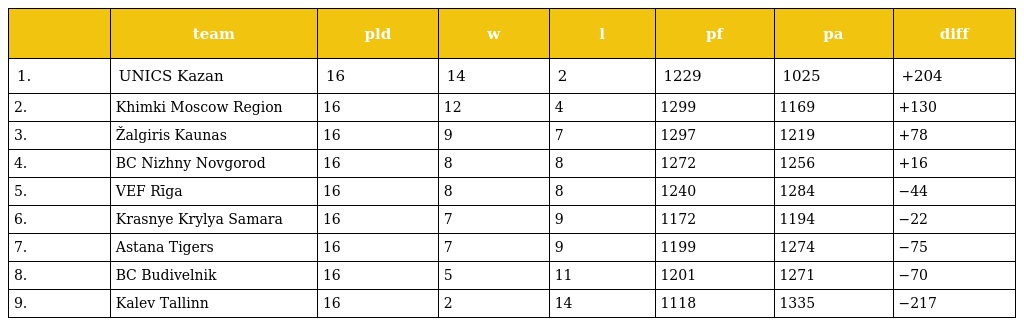
|  | team | pld | w | l | pf | pa | diff |
 | --- | --- | --- | --- | --- | --- | --- | --- |
 | 1. | UNICS Kazan | 16 | 14 | 2 | 1229 | 1025 | +204 |
 | 2. | Khimki Moscow Region | 16 | 12 | 4 | 1299 | 1169 | +130 |
 | 3. | Žalgiris Kaunas | 16 | 9 | 7 | 1297 | 1219 | +78 |
 | 4. | BC Nizhny Novgorod | 16 | 8 | 8 | 1272 | 1256 | +16 |
 | 5. | VEF Rīga | 16 | 8 | 8 | 1240 | 1284 | −44 |
 | 6. | Krasnye Krylya Samara | 16 | 7 | 9 | 1172 | 1194 | −22 |
 | 7. | Astana Tigers | 16 | 7 | 9 | 1199 | 1274 | −75 |
 | 8. | BC Budivelnik | 16 | 5 | 11 | 1201 | 1271 | −70 |
 | 9. | Kalev Tallinn | 16 | 2 | 14 | 1118 | 1335 | −217 |